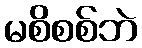
မစိစစ်ဘဲ